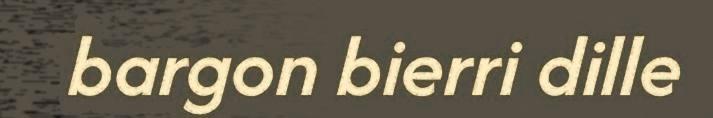
bargon bierri dille